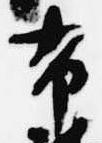
布